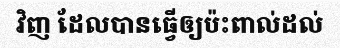
វិញ ដែលបានធ្វើឲ្យប៉ះពាល់ដល់